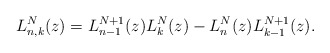
\begin{gather*} L_{n,k}^{N}(z) =L_{n-1}^{N+1}(z) L_{k}^{N}( z) -L_{n}^{N}(z) L_{k-1}^{N+1}(z) .\end{gather*}